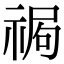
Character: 𥚍